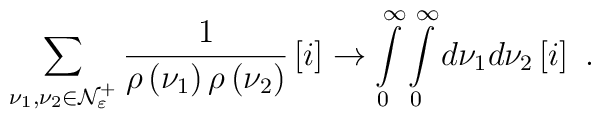
\sum\limits_{\nu _{1},\nu _{2}\in {\cal N}_{\varepsilon }^{+}}\frac{1}{\rho\left( \nu _{1}\right) \rho \left( \nu _{2}\right) }\left[ {\Large i}\right]\rightarrow \int\limits_{0}^{\infty }\int\limits_{0}^{\infty }d\nu _{1}d\nu_{2}\left[ {\Large i}\right] \ .